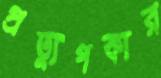
প্রত্যুপকার